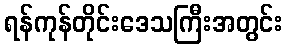
ရန်ကုန်တိုင်းဒေသကြီးအတွင်း